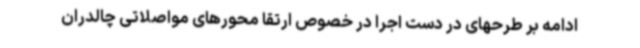
ادامه بر طرحهای در دست اجرا در خصوص ارتقا محورهای مواصلاتی چالدران